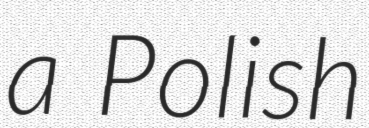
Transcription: a Polish